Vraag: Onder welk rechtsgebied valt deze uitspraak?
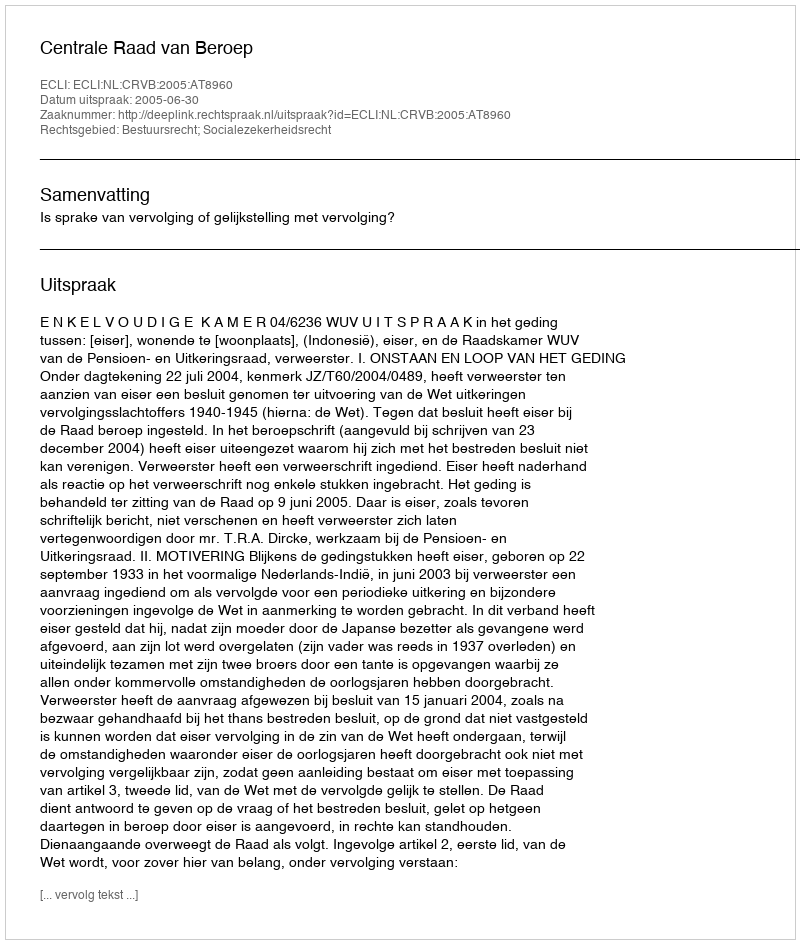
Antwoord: Bestuursrecht; Socialezekerheidsrecht